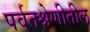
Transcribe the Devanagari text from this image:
पर्वतश्रेणीतील